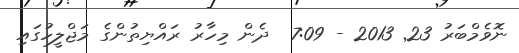
ނޮވެމްބަރު 23